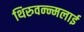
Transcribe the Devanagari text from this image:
थिरुवन्न्मलाई